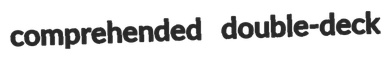
comprehended double-deck